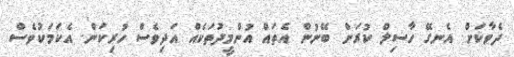
ދެވާކަށް. އެނގޭ ހާސިލް ކުރަން ބޭނުން އެތައް އުންމީދުތަކެއް އަދިވެސް ހުރިކަން. އެކަމަކުވެސް